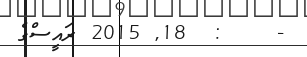
-    :  18